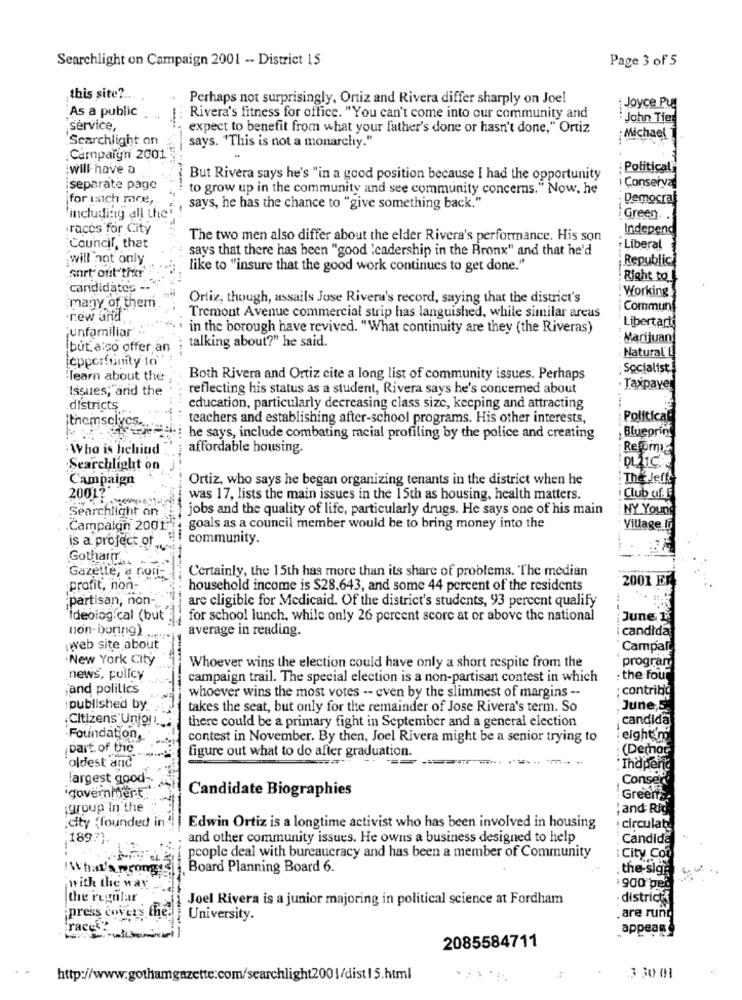
Searchlight on Campaign 2001 -- District IS
Page 3 of 5
this site ?.
Perhaps not surprisingly, Ortiz and Rivera differ sharply on Joel
As a public
Joyce Pu
Rivera's fitness for office. "You can't come into our community and
John Tier
service,
expect to benefit from what your father's done or hasn't done," Ortiz
Searchlight on
says. "This is not a monarchy."
: Michael
Campaign 2001
will have a
:Political]
But Rivera says he's "in a good position because I had the opportunity
separate page
to grow up in the community and see community concerns." Now, he
Conserva
for mach mare,
Democrat
says, he has the chance to "give something back."
'including all the'
Green.
races for City
Independ
The two men also differ about the elder Rivera's performance. His son
"Council, that
says that there has been "good "cadership in the Bronx" and that he'd
. Liberal
will not only
Republic
.surtout ther
like to "insure that the good work continues to get done."
Right to L
candidates --
Working
Ortiz, though, assails Jose Rivera's record, saying that the district's
many of them
Commun
.new and
Tremont Avenue commercial strip has languished, while similar areas
;unfamiliar
in the borough have revived. "What continuity are they (the Riveras)
Libertarti
talking about?" he said.
: Marijuan
but also offer an
Natural L
[cpporfunity to
Socialist
learn about the
Both Rivera and Ortiz cite a long list of community issues. Perhaps
Issues, and the
reflecting his status as a student, Rivera says he's concerned about
· Taxpayer
districts
education, particularly decreasing class size, keeping and attracting
¡themselves
teachers and establishing after-school programs. His other interests,
Political
Blueprint
he says, include combating racial profiling by the police and creating
Who is helind
affordable housing.
Reformiz
Searchlight on
Campaign
Ortiz, who says he began organizing tenants in the district when he
: The Jeff
2001?'
was 17, lists the main issues in the 15th as housing, health matters.
i Club of.
Searchlight on
jobs and the quality of life, particularly drugs. He says one of his main
NY Your
.Campaign 2001"
goals as a council member would be to bring money into the
Village In
is a project of
community.
Gothar ..
Certainly, the 15th has more than its share of problems. The median
Gazette, a non-
2001 ER
profit, non-
household income is $28.643, and some 44 percent of the residents
;partisan, non-
arc eligible for Medicaid. Of the district's students, 93 percent qualify
Ideological (but"
for school lunch, while only 26 percent score at or above the national
June 1
non-boring)
average in reading.
candida
web site about
Campali
.New York City
program
Whoever wins the election could have only a short respite from the
news, pullcy
campaign trail. The special election is a non-partisan contest in which
the four
and politics
contriba
whoever wins the most votes -- even by the slimmest of margins --
published by
takes the seat, but only for the remainder of Jose Rivera's term. So
June
,Citizens'Unjo!
there could be a primary fight in September and a general election
candida
Foundation,
contest in November. By then, Joel Rivera might be a senior trying to
eightm
Dart. of the
figure out what to do after graduation.
(Demor
oldest and
Indperia
largest good-
Conser'
'government
Candidate Biographies
Greents
group In the
; and Rfd
;city (founded in
Edwin Ortiz is a longtime activist who has been involved in housing
circulaty
1897}
and other community issues. He owns a business designed to help
Candida
people deal with bureaucracy and has been a member of Community
: City Con
What's wrong
Board Planning Board 6.
: the-sige w.w. ..
with the way
900 pe
the regular
Joel Rivera is a junior majoring in political science at Fordham
district
press covers the.
University.
.are rund
Fracek
appear
2085584711
http://www.gothamgazette:com/searchlight2001/dist 15.html
3 30 01